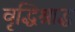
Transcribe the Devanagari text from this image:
वृद्धिश्राद्ध